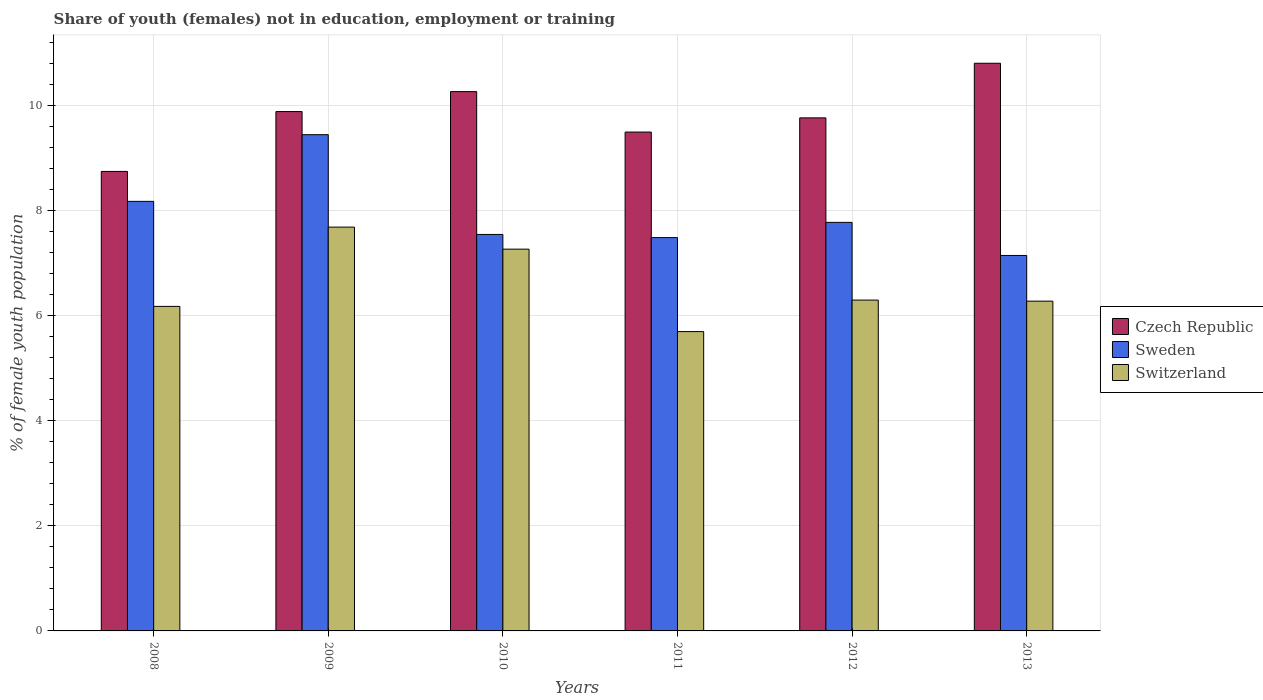
| Years | Czech Republic | Sweden | Switzerland |
 | --- | --- | --- | --- |
 | 2008 | 8.75 | 8.18 | 6.18 |
 | 2009 | 9.89 | 9.45 | 7.69 |
 | 2010 | 10.3 | 7.55 | 7.27 |
 | 2011 | 9.5 | 7.49 | 5.7 |
 | 2012 | 9.77 | 7.78 | 6.3 |
 | 2013 | 10.8 | 7.15 | 6.28 |